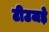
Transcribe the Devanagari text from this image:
टीउजड़े